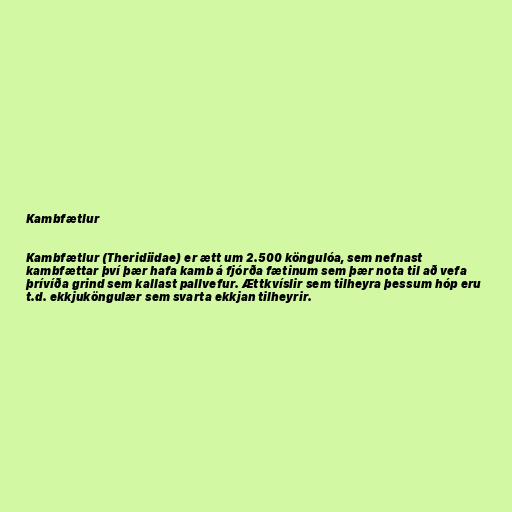
Kambfætlur

Kambfætlur (Theridiidae) er ætt um 2.500 köngulóa, sem nefnast
kambfættar því þær hafa kamb á fjórða fætinum sem þær nota til að vefa
þrívíða grind sem kallast pallvefur. Ættkvíslir sem tilheyra þessum hóp eru
t.d. ekkjuköngulær sem svarta ekkjan tilheyrir.